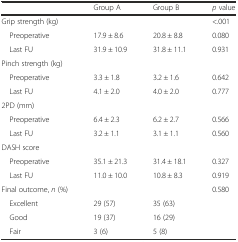
<table><thead><tr><td></td><td><b>Group A</b></td><td><b>Group B</b></td><td><b><i>p</i> value</b></td></tr></thead><tbody><tr><td>Grip strength (kg)</td><td></td><td></td><td>&lt;.001</td></tr><tr><td> Preoperative</td><td>17.9 ± 8.6</td><td>20.8 ± 8.8</td><td>0.080</td></tr><tr><td> Last FU</td><td>31.9 ± 10.9</td><td>31.8 ± 11.1</td><td>0.931</td></tr><tr><td>Pinch strength (kg)</td><td></td><td></td><td></td></tr><tr><td> Preoperative</td><td>3.3 ± 1.8</td><td>3.2 ± 1.6</td><td>0.642</td></tr><tr><td> Last FU</td><td>4.1 ± 2.0</td><td>4.0 ± 2.0</td><td>0.777</td></tr><tr><td>2PD (mm)</td><td></td><td></td><td></td></tr><tr><td> Preoperative</td><td>6.4 ± 2.3</td><td>6.2 ± 2.7</td><td>0.566</td></tr><tr><td> Last FU</td><td>3.2 ± 1.1</td><td>3.1 ± 1.1</td><td>0.560</td></tr><tr><td>DASH score</td><td></td><td></td><td></td></tr><tr><td> Preoperative</td><td>35.1 ± 21.3</td><td>31.4 ± 18.1</td><td>0.327</td></tr><tr><td> Last FU</td><td>11.0 ± 10.0</td><td>10.8 ± 8.3</td><td>0.919</td></tr><tr><td>Final outcome, <i>n</i> (%)</td><td></td><td></td><td>0.580</td></tr><tr><td> Excellent</td><td>29 (57)</td><td>35 (63)</td><td></td></tr><tr><td> Good</td><td>19 (37)</td><td>16 (29)</td><td></td></tr><tr><td> Fair</td><td>3 (6)</td><td>5 (8)</td><td></td></tr></tbody></table>